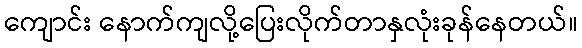
ကျောင်း နောက်ကျလို့ပြေးလိုက်တာနှလုံးခုန်နေတယ်။